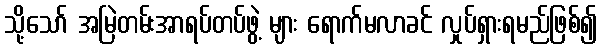
သို့သော် အမြဲတမ်းအာရပ်တပ်ဖွဲ့ များ ရောက်မလာခင် လှုပ်ရှားရမည်ဖြစ်၍